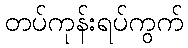
တပ်ကုန်းရပ်ကွက်